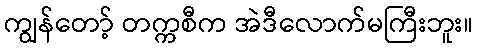
ကျွန်တော့် တက္ကစီက အဲဒီလောက်မကြီးဘူး။